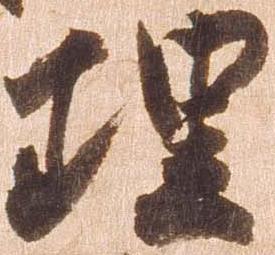
理